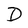
Character: D